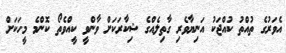
އެވަރުގެ ތުއްތު ކުއްޖަކު އަނިޔާވެރި ގާތިލެއްގެ ޝިކާރަކަށް ވާންވީ ކީއްވެތޯ ކޮންމެ މީހަކަށް